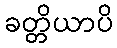
ခတ္တိယာပိ